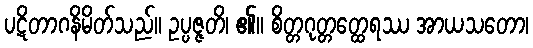
ပဋိတာဂနိမိတ်သည်။ ဥပ္ပဇ္ဇတိ၊ ၏။ စိတ္တဂုတ္တတ္ထေရဿ အာယသတော၊